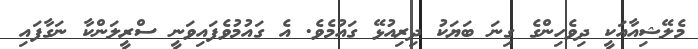
މެލޭޝިއާއަކީ ދިވެހިންގެ ގިނަ ބަޔަކު ދިރިއުޅޭ ގައުމެވެ. އެ ގައުމުވެފައިވަނީ ސްރީލަންކާ ނަގާފައި